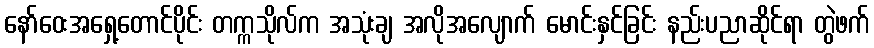
နော်ဝေးအရှေ့တောင်ပိုင်း တက္ကသိုလ်က အသုံးချ အလိုအလျောက် မောင်းနှင်ခြင်း နည်းပညာဆိုင်ရာ တွဲဖက်